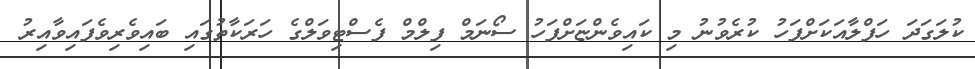
ކުލަގަދަ ހަފްލާއަކަށްފަހު ކުރެވުނު މި ކައިވެންޏަށްފަހު ސޯނަމް ފިލްމް ފެސްޓިވަލްގެ ހަރަކާތުގައި ބައިވެރިވެފައިވާއިރު